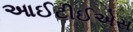
આઈટીઈએસ